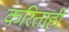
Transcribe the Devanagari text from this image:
करिताही